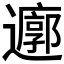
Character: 𮟜